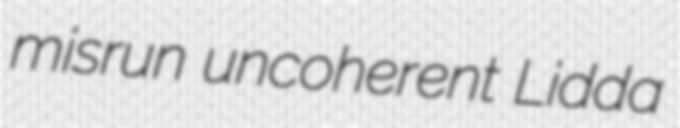
misrun uncoherent Lidda